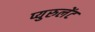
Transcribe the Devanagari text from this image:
प्युरुलेंट